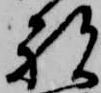
祝